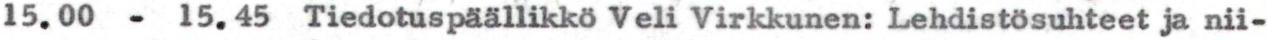
15.00 - 15.45 Tiedotuspäällikkö Veli Virkkunen: Lehdistösuhteet ja nii-